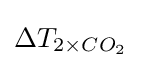
\Delta T_{2\times CO_{2}}